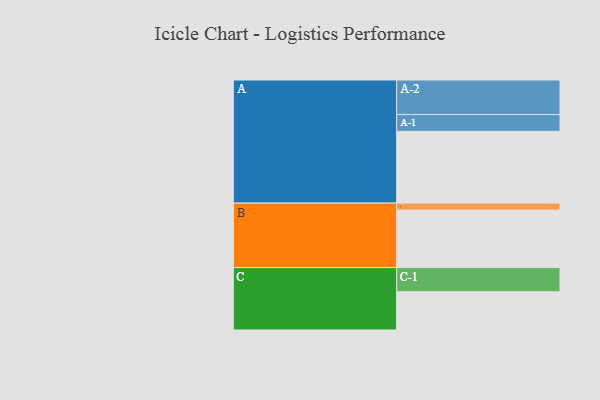
{"axis": {"x": "Segment", "y": "Value"}, "legend": ["", "A", "B", "C"], "data": [{"x": "A", "y": 589, "type": ""}, {"x": "B", "y": 472, "type": ""}, {"x": "C", "y": 314, "type": ""}, {"x": "A-1", "y": 138, "type": "A"}, {"x": "A-2", "y": 283, "type": "A"}, {"x": "B-1", "y": 57, "type": "B"}, {"x": "C-1", "y": 198, "type": "C"}]}